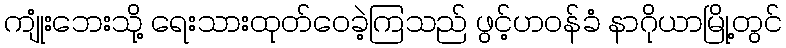
ကျုံးဘေးသို့ ရေးသားထုတ်ဝေခဲ့ကြသည် ဖွင့်ဟဝန်ခံ နာဂိုယာမြို့တွင်